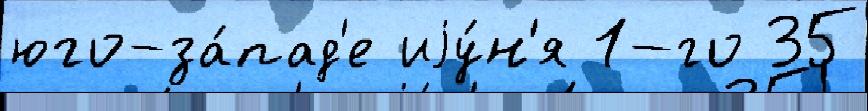
юго-за́пад'е иjу́н'я 1-го 35